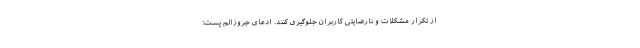
از تکرار مشکلات و نارضایتی کاربران جلوگیری کنند. ادعای جروزالم پست: